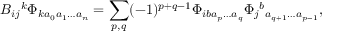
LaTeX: B _ { i j } { } ^ { k } \Phi _ { k a _ { 0 } a _ { 1 } \ldots a _ { n } } = \sum _ { p , q } ( - 1 ) ^ { p + q - 1 } \Phi _ { i b a _ { p } \ldots a _ { q } } \Phi _ { j } { } ^ { b } { } _ { a _ { q + 1 } \ldots a _ { p - 1 } } ,